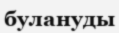
булануды